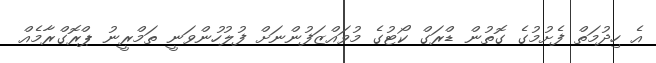
އެ ހިދުމަތް ފެށުމުގެ ގޮތުން ޑްރަގް ކޯޓުގެ މުވައްޒަފުންނަށް ފުލުހުންވަނީ ތަމްރީނު ޕްރޮގްރާމެއް